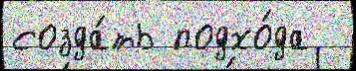
созда́ть подхо́да